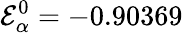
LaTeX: \mathcal{E}_{\alpha}^{0}=-0.90369